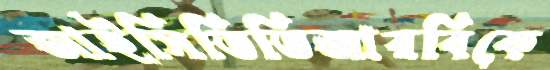
আইসিডিডিআরবিকে